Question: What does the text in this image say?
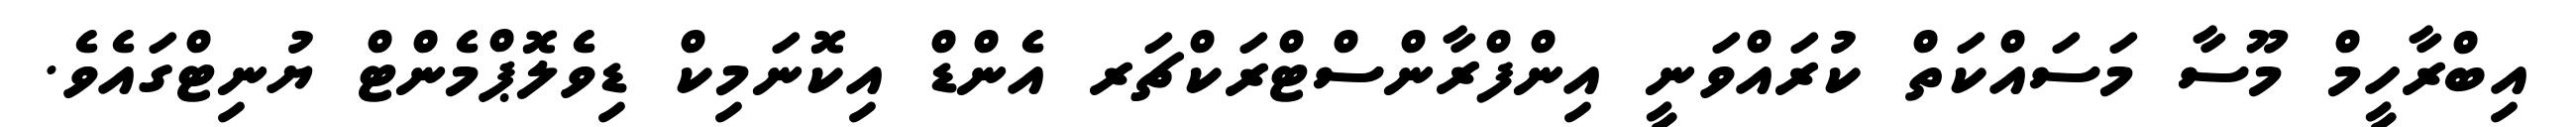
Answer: އިބްރާހީމް މޫސާ މަސައްކަތް ކުރައްވަނީ އިންފްރާންސްޓްރަކްޗަރ އެންޑް އިކޮނަމިކް ޑިވެލޮޕްމެންޓް ޔުނިޓްގައެވެ.